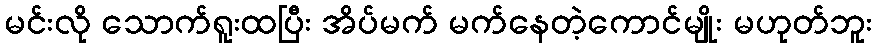
မင်းလို သောက်ရူးထပြီး အိပ်မက် မက်နေတဲ့ကောင်မျိုး မဟုတ်ဘူး